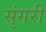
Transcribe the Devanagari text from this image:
सुंगरी